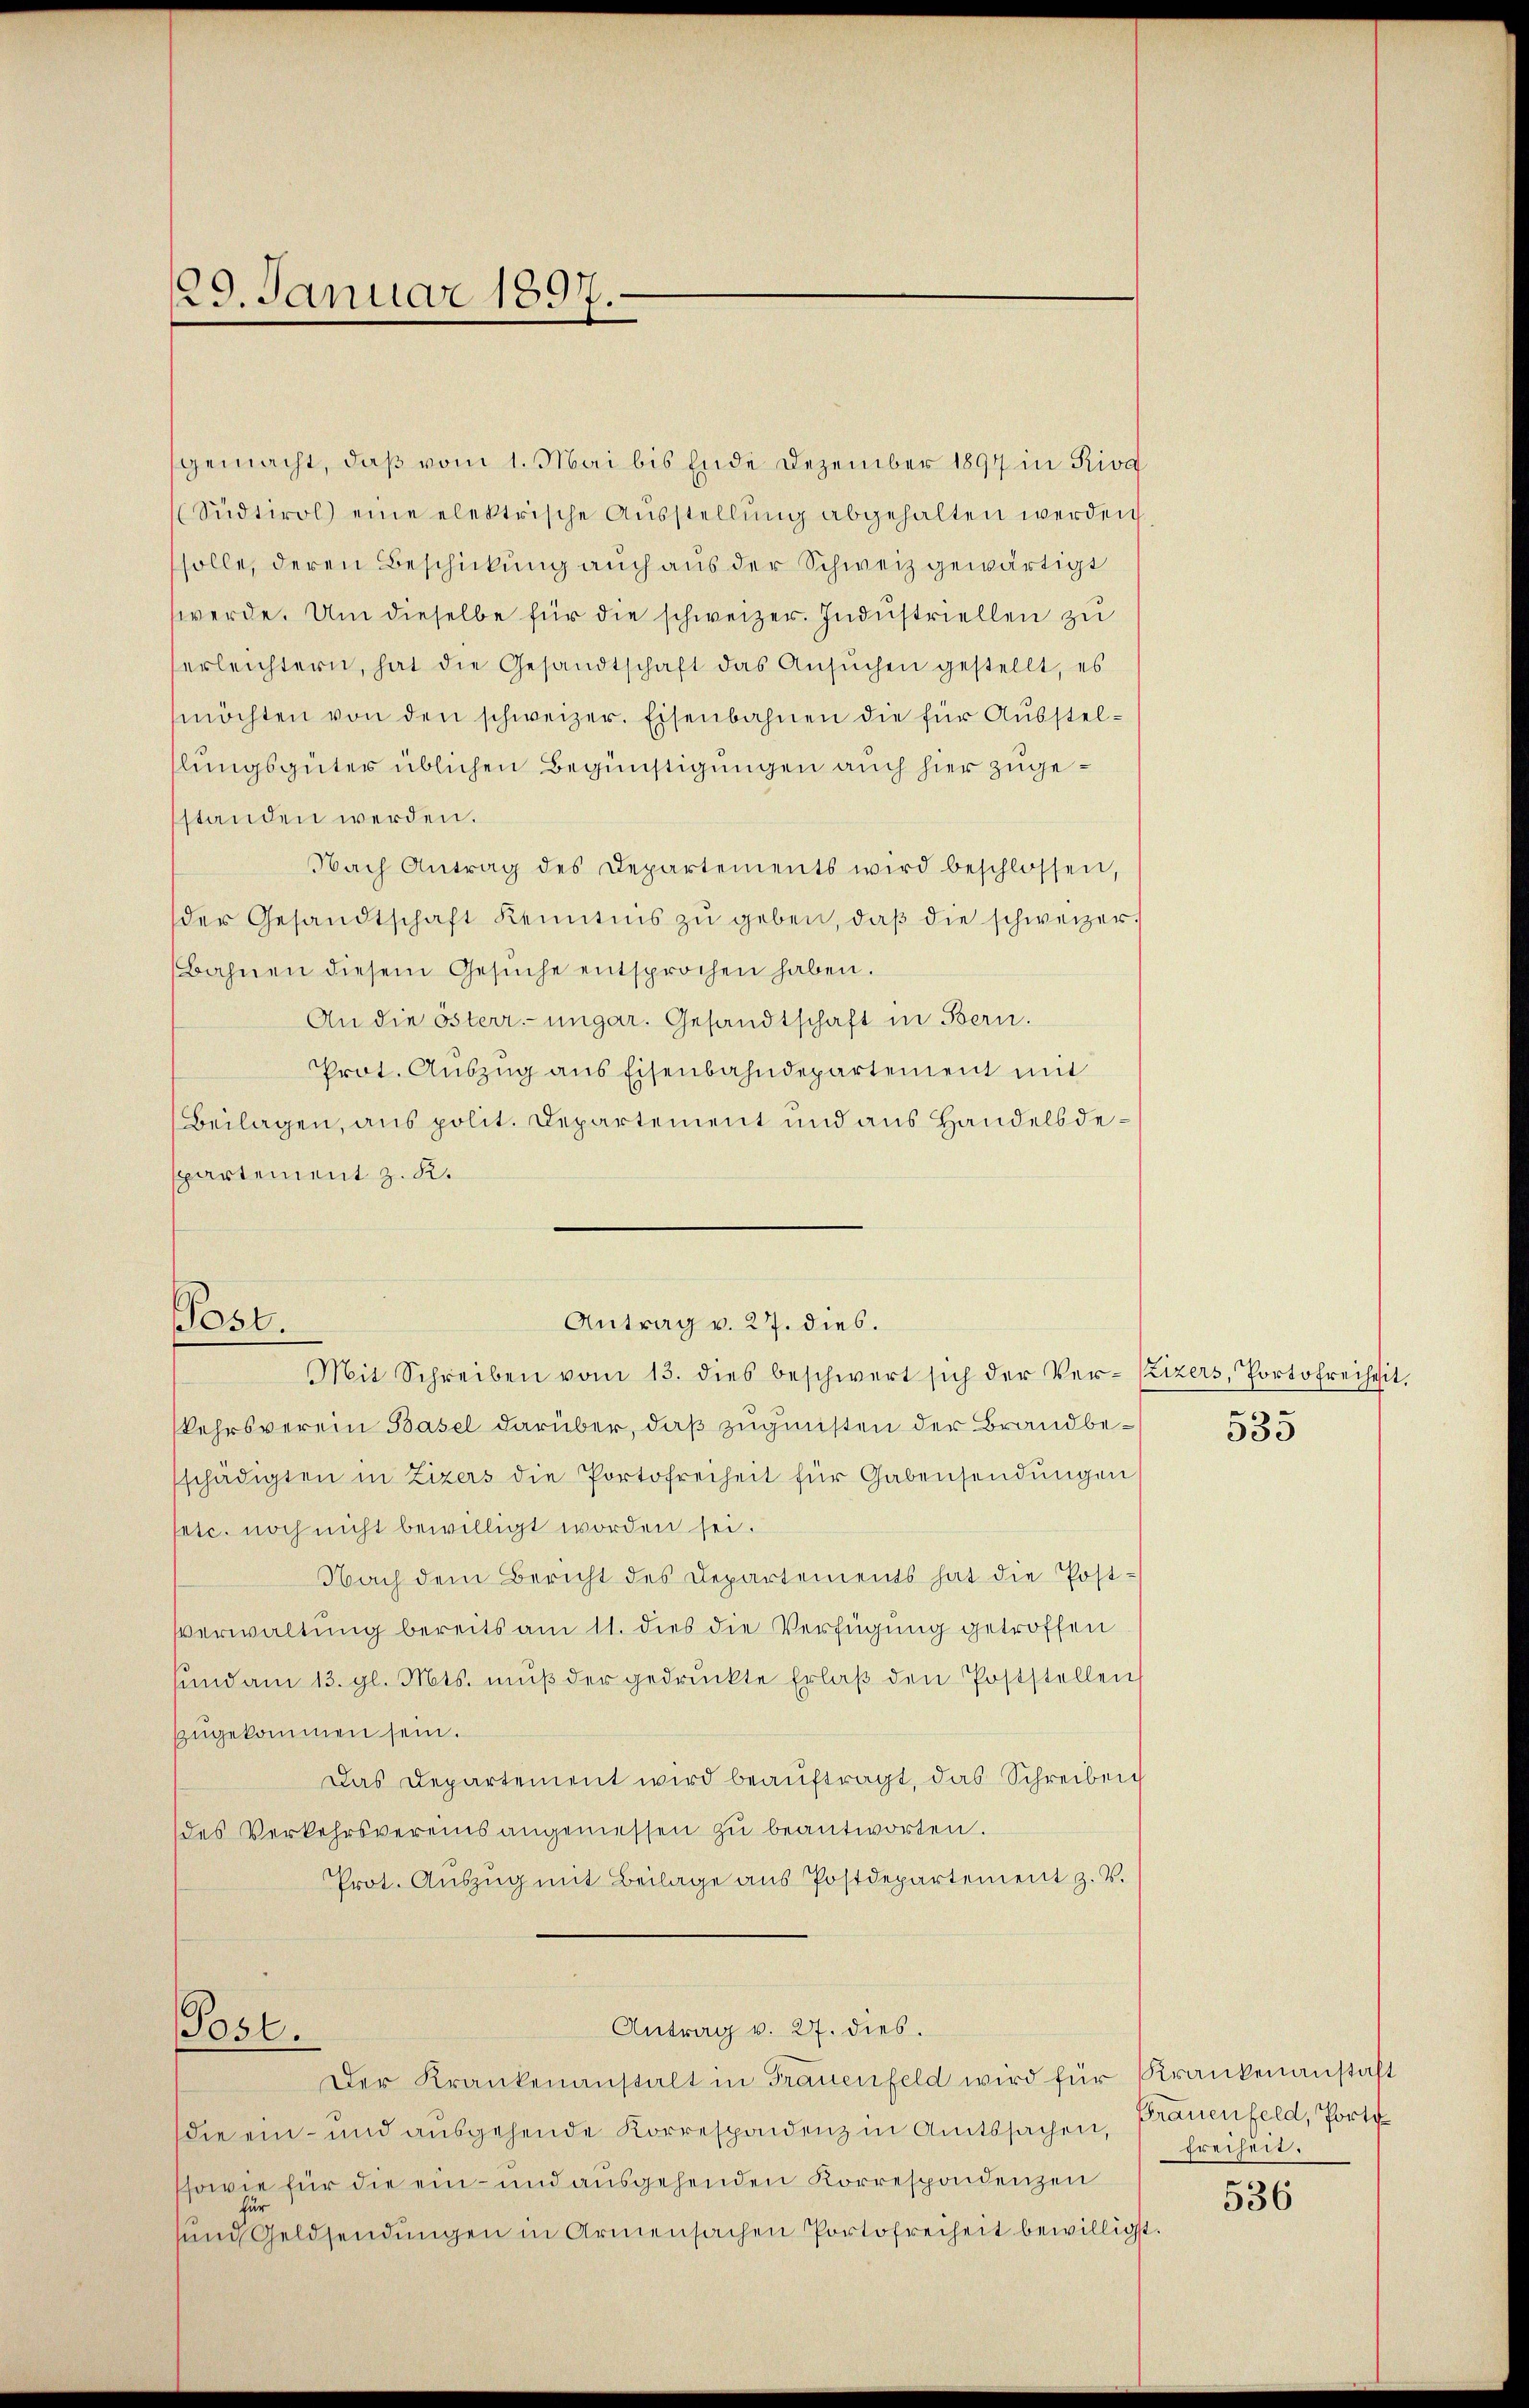
129. Januar 1897.

gemacht, daß vom 1. Mai bis Ende Dezember 1894 in Riva
Südtirol eine elektrische Aŭsstellŭng abgehalten werden
solle, deren Beschickung auch aus der Schweiz gewärtigt
werde. Um dieselbe für die schweizer. Indŭstriellen zu
erleichtern, hat die Gesandtschaft das Ansŭchen gestellt, es
möchten von den schweizer. Eisenbahnen die für Ausstellungsgüter üblichen Begünstigungen auch hier zugestanden werden.
Nach Antrag des Departements wird beschlossen,
der Gesandtschaft Kenntnis zŭ geben, daβ die schweizer-
(Bahnen diesem Gesŭche entsprochen haben.
An die österr. ungar. Gesandtschaft in Bern.
Prot. Auszug aus Eisenbahndepartement mit
(Beilagen, aus polit. Departement und aus Handelsdeppartement z. R.

Post.

kehrsverein Basel darüber, daß zuginsten der Brandbeschädigten in Zizers die Portofreiheit für Gabensendungen
fetc. noch nicht bewilligt worden sei.
Nach dem Bericht des Departements hat die Post-
Verwaltung bereits am 11. dies die Verfügung getroffen
sund am 13. gl. Mts. mŭβ der gedruckte Erlaβ den Poststellen
zŭgekommen sein.
Das Departement wird beauftragt, das Schreiben
des Verkehrsvereins angemessen zŭ beantworten.
Prot. Aŭszŭg mit Beilage ans Postdepartement z. B.
Antrag v. 27. dies.
Post.
Der Krankenanstalt in Frauenfeld wird für Krankenanstaft
die ein- und ausgehende Korrespondenz in Amtssachen, Brauenfeld, Porto
ssowie für die ein- und ausgehenden Korrespondenzen
und Geldsendungen in Armensachen Portofreiheit bewilligt.

Antrag v. 27. dies.
Mit Schreiben vom 13. dies beschwert sich der Ver- Czizers, Portofreiheit.

535

Freiheit.

536